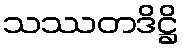
သဿတဒိဋ္ဌိ